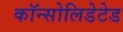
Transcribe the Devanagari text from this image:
कॉन्सोलिडेटेड